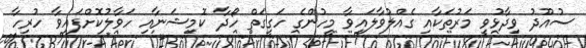
ސުއޫދު ވިދާޅުވީ މަރުތަކާއި ގެއްލުވާލައިވާ މީހުންގެ ހަގީގަތް ހޯދާ ކޮމިޝަނާއި ހަވާލުކޮށްފައިވާ ހުރިހާ